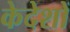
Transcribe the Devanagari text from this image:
केदेशों